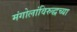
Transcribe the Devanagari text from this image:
मंगोलांविरुद्धच्या